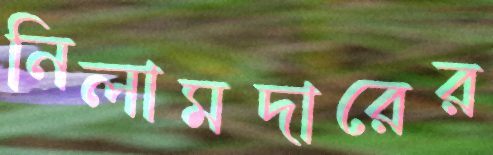
নিলামদারের